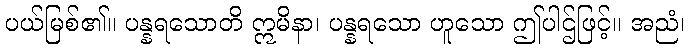
ပယ်မြစ်၏။ ပန္နရသောတိ ဣမိနာ၊ ပန္နရသော ဟူသော ဤပါဌ်ဖြင့်။ အညံ၊